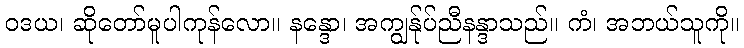
ဝဒယ၊ ဆိုတော်မူပါကုန်လော။ နန္ဒော၊ အကျွန်ုပ်ညီနန္ဒာသည်။ ကံ၊ အဘယ်သူကို။